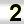
Digit: 2